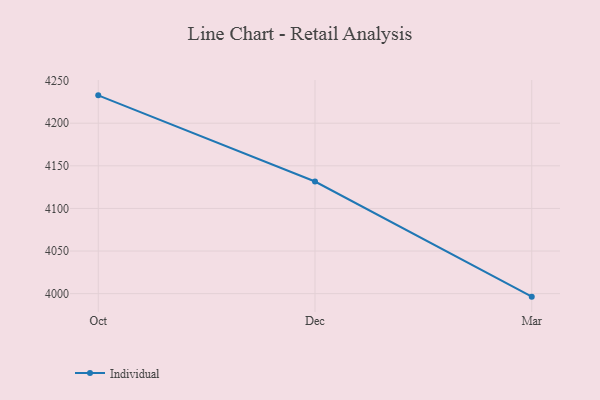
{"axis": {"x": "Month", "y": "Operating Costs (USD K)"}, "legend": ["Individual"], "data": [{"x": "Oct", "y": 4232.7, "type": "Individual"}, {"x": "Dec", "y": 4131.6, "type": "Individual"}, {"x": "Mar", "y": 3996.5, "type": "Individual"}]}